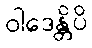
ဝါဒေန္တိပိ